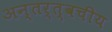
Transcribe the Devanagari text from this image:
अन्तर्त्वचीय